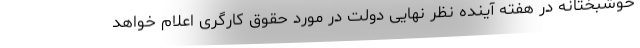
خوشبختانه در هفته آینده نظر نهایی دولت در مورد حقوق کارگری اعلام خواهد